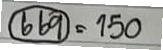
(669) = 150